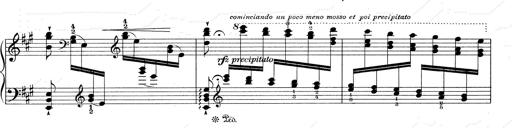
Title: RÃ©miniscences de Don Juan
Composer: Franz Liszt